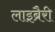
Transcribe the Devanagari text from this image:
लाइब्रैरी